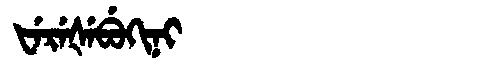
Manchu: ᡶᡝᡵᡝᡧᡝᠪᡠᡴᡳᠨᡳ
Romanization: FEREŠEBUKINI